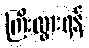
ကြီးထွားရန်